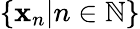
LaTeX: \{ \mathbf{x}_{n}|n\in\mathbb{{N}}\}